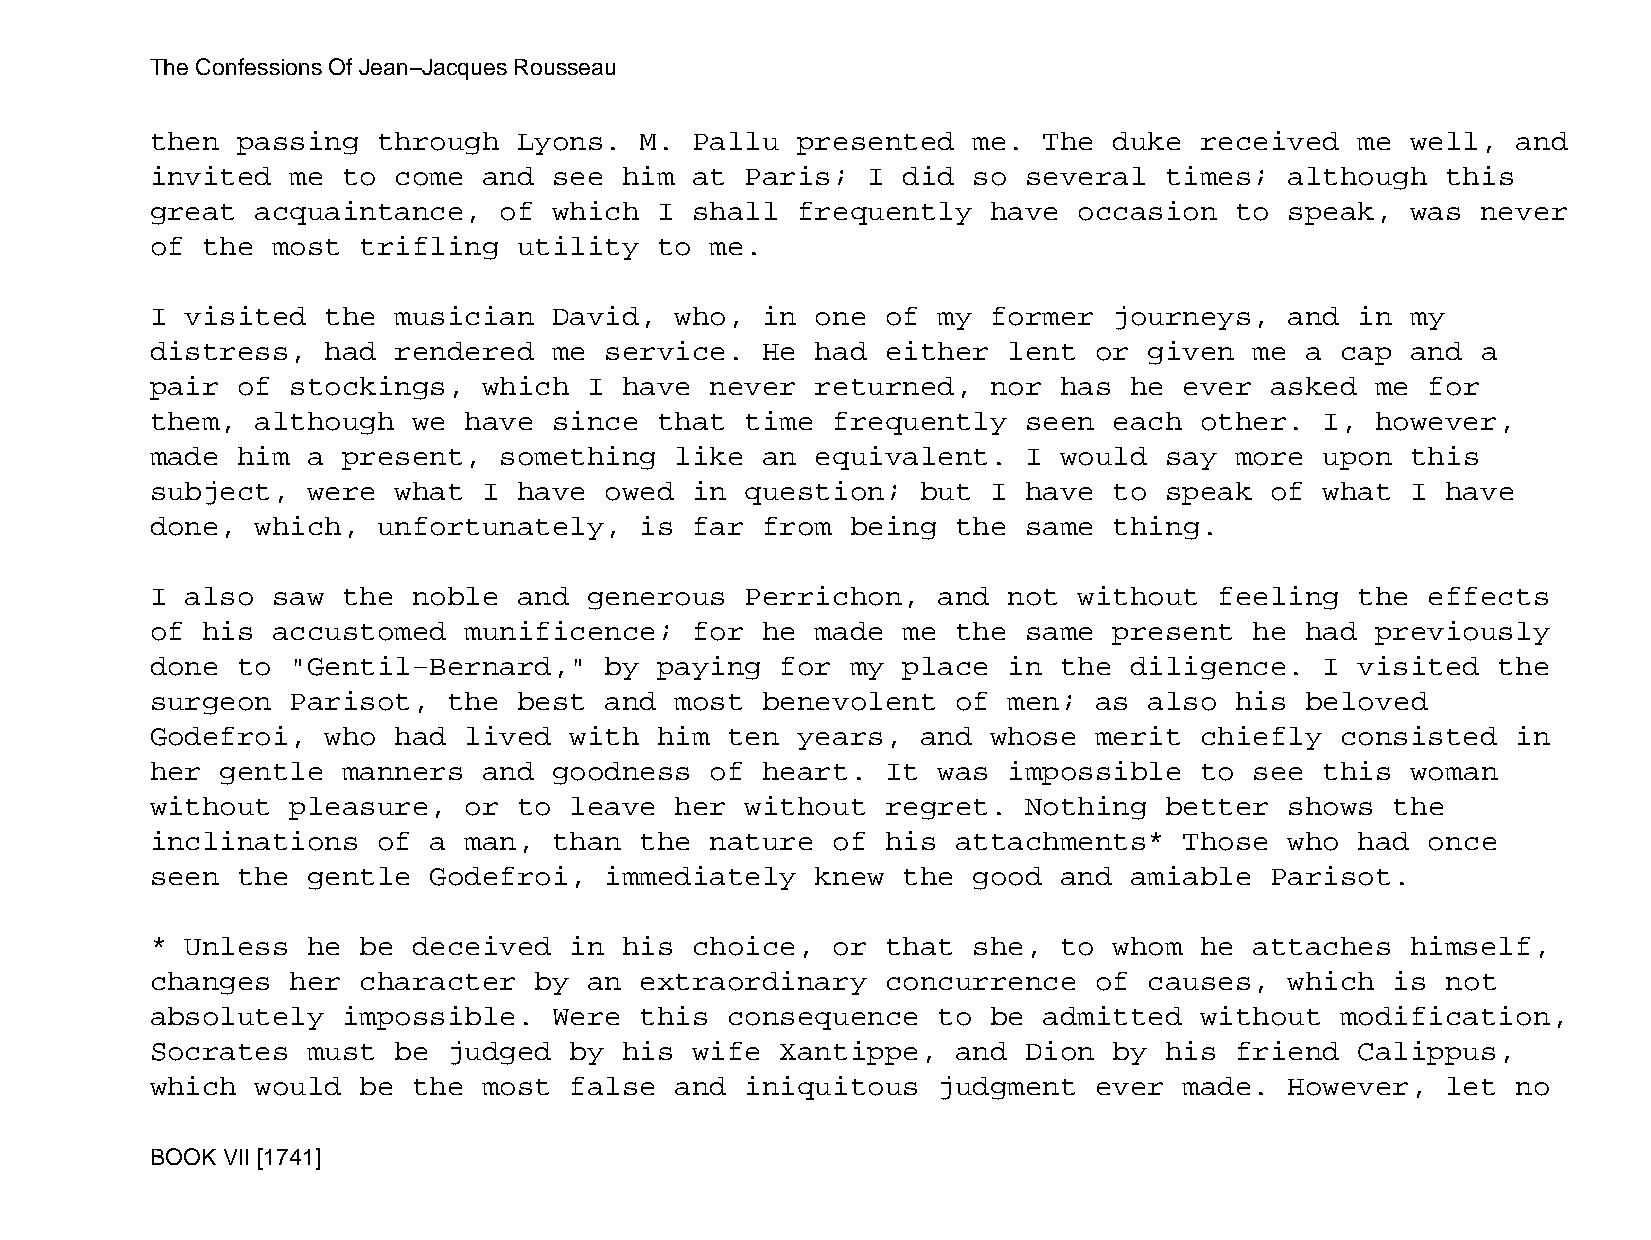
The Confessions Of Jean−Jacques Rousseau
 then  passing  through  Lyons.  M.  Pallu  presented  me.  The  duke received   me well,  and
 invited  me  to come  and  see him  at Paris;  I  did so  several  times;  although   this
 great  acquaintance,   of  which  I shall  frequently   have occasion   to speak,  was  never
 of the  most  trifling  utility   to me.
 I visited   the musician   David,  who, in  one  of my  former  journeys,  and  in my
 distress,   had rendered   me service.  He  had  either  lent or  given  me a  cap and  a
 pair  of stockings,   which  I have  never  returned,   nor has  he ever  asked  me  for
 them,  although  we  have  since  that time  frequently   seen  each other.   I, however,
 made  him a  present,  something   like an  equivalent.   I would  say  more  upon this
 subject,  were  what  I have  owed  in question;   but  I have  to speak  of  what I  have
 done,  which,  unfortunately,   is  far from  being  the  same  thing.
 I also  saw  the noble  and  generous  Perrichon,   and  not without   feeling  the  effects
 of his  accustomed   munificence;   for he  made  me the  same  present  he had  previously
 done  to "Gentil−Bernard,"    by  paying  for my  place  in the  diligence.   I visited  the
 surgeon  Parisot,   the best  and  most benevolent   of  men; as  also  his beloved
 Godefroi,   who had  lived  with  him ten  years,  and  whose merit  chiefly   consisted  in
 her  gentle  manners  and  goodness  of heart.   It was  impossible  to  see  this woman
 without  pleasure,   or to  leave  her without   regret.  Nothing  better  shows  the
 inclinations   of a  man,  than the  nature  of  his attachments*   Those  who  had  once
 seen  the gentle  Godefroi,   immediately   knew  the good  and  amiable  Parisot.
 * Unless  he  be deceived   in his  choice,  or  that she,  to  whom he  attaches  himself,
 changes  her  character  by  an extraordinary    concurrence  of  causes,  which  is  not
 absolutely   impossible.   Were this  consequence   to  be admitted  without   modification,
 Socrates  must  be  judged  by his  wife  Xantippe,  and  Dion  by his  friend  Calippus,
 which  would  be the  most  false  and iniquitous   judgment  ever  made.  However,   let no
 BOOK VII [1741]